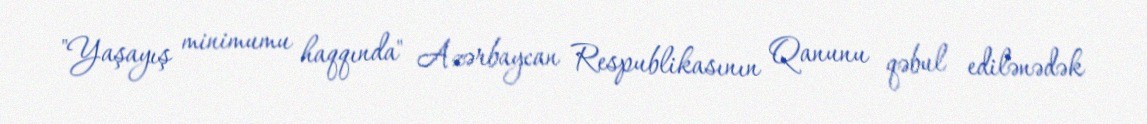
"Yaşayış minimumu haqqında" Azərbaycan Respublikasının Qanunu qəbul edilənədək